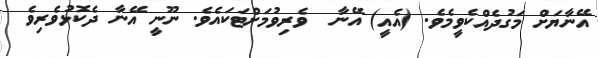
އޭނާޔަށް މަގުދެއްކެވީމެވެ. (އެއީ) އޭނާ  ވެރިވުމަށްޓަކައެވެ. ނޫނީ އޭނާ ދެކޮޅުވެރިވެ